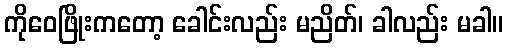
ကိုဝေဖြိုးကတော့ ခေါင်းလည်း မညိတ်၊ ခါလည်း မခါ။